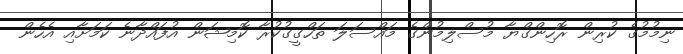
ނިމުމުގެ ކުރިން ރޮހިންގްޔާ މުސްލިމުންގެ މައްސަލަ ތަހްގީގުކުރާ ކޮމިޝަން އުފައްދާނެ ކަމަށާއި އެހެން